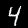
Label: 4